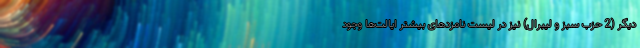
دیگر (2 حزب سبز و لیبرال) نیز در لیست نامزدهای بیشتر ایالت‌ها وجود